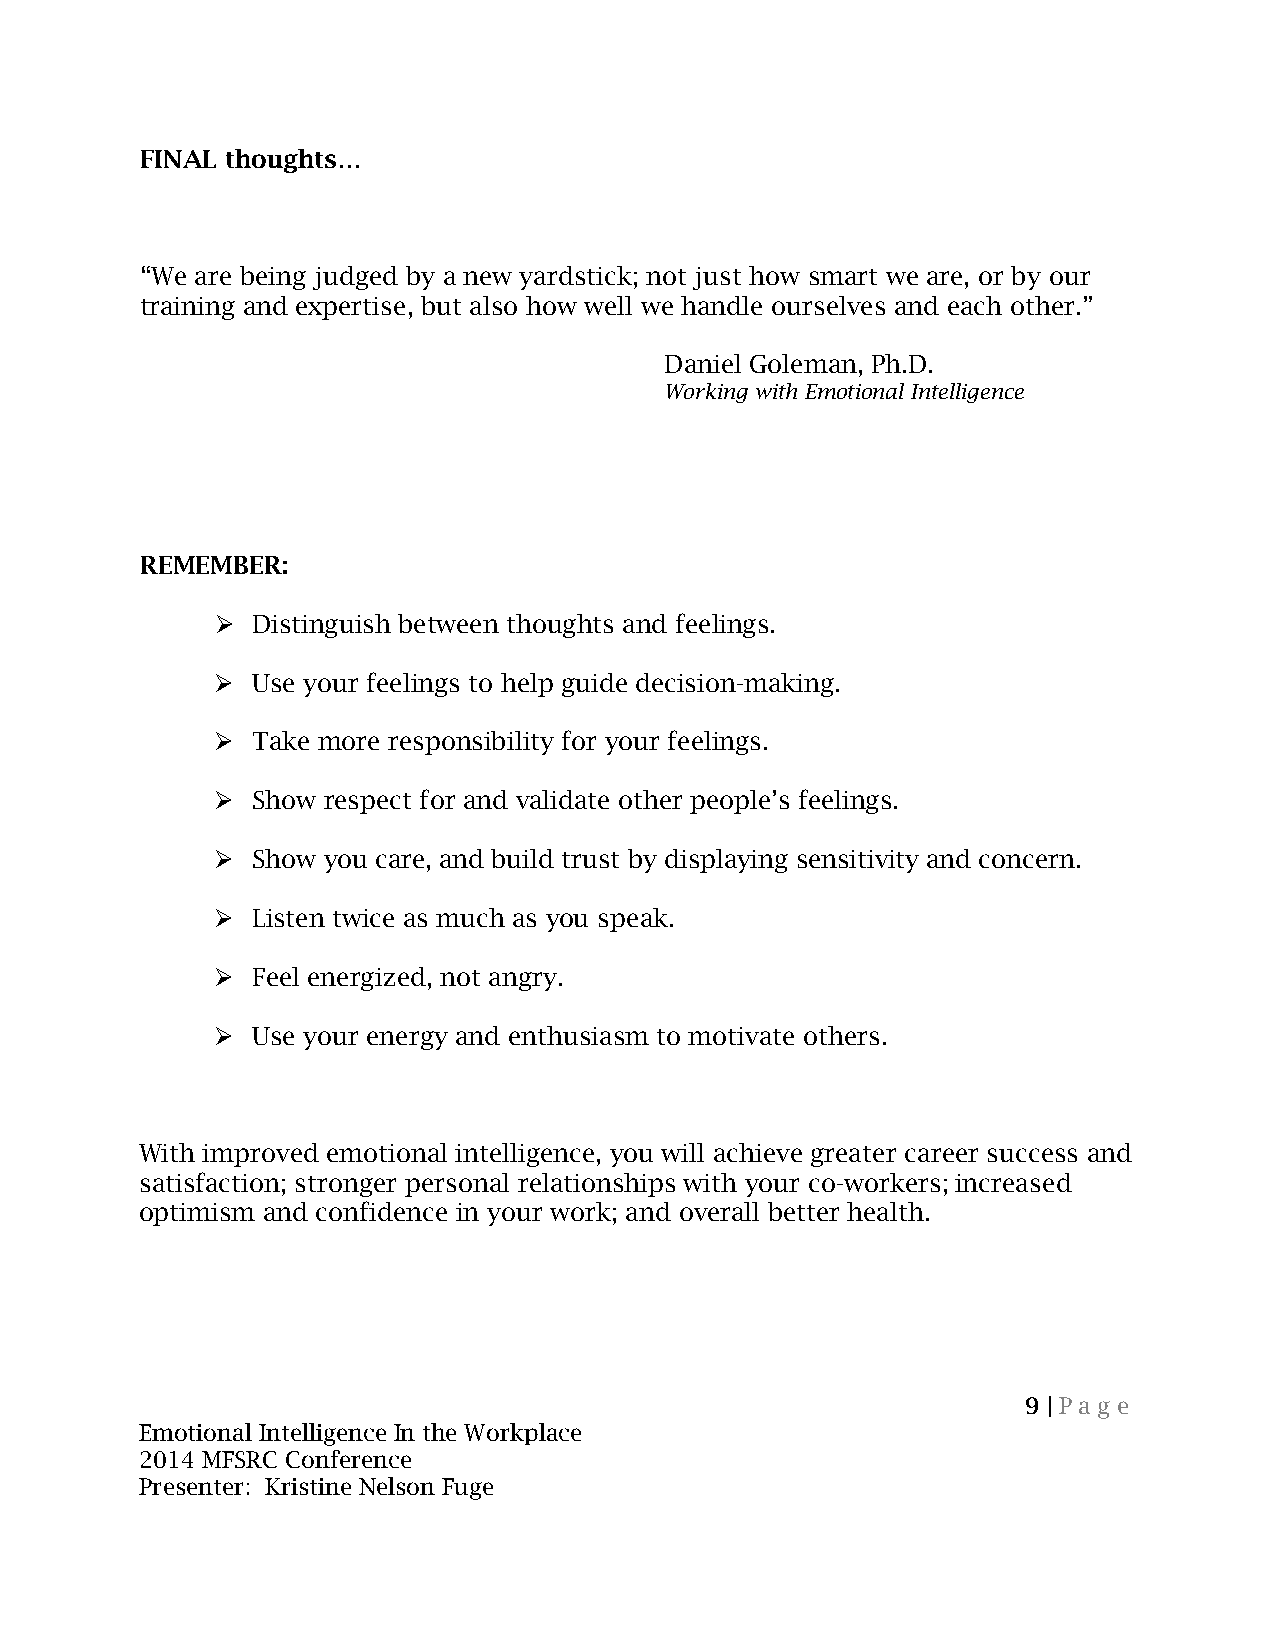
FINAL thoughts…
 “We are being judged by a new yardstick; not just how smart we are, or by our
 training and expertise, but also how well we handle ourselves and each other.”
 Daniel Goleman, Ph.D.
 Working with Emotional Intelligence
 REMEMBER:
   Distinguish between thoughts and feelings.
   Use your feelings to help guide decision-making.
   Take more responsibility for your feelings.
   Show respect for and validate other people’s feelings.
   Show you care, and build trust by displaying sensitivity and concern.
   Listen twice as much as you speak.
   Feel energized, not angry.
   Use your energy and enthusiasm to motivate others.
 With improved emotional intelligence, you will achieve greater career success and
 satisfaction; stronger personal relationships with your co-workers; increased
 optimism and confidence in your work; and overall better health.
 9 | Pa g e
 Emotional Intelligence In the Workplace
 2014 MFSRC Conference
 Presenter: Kristine Nelson Fuge